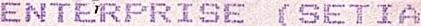
ENTERPRISE (SETIA